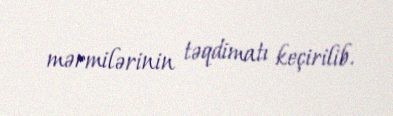
mərmilərinin təqdimatı keçirilib.